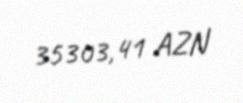
35303,41 AZN